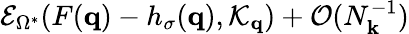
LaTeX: \mathcal{E}_{\Omega^{*}}(F(\mathbf{q})-h_{\sigma}(\mathbf{q}),\mathcal{K}_{\mathbf{q}})+\mathcal{O}(N_{\mathbf{k}}^{-1})